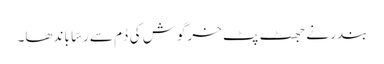
بندر نے جھٹ پٹ خرگوش کی دُم سے رسّا باندھا۔